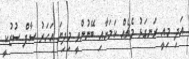
އަދި މިއީ ރަނގަޅު މެޗެއް ކަމަށާއި ބޭނުންވީ މިދިޔަ އަހަރު ސާފް ސުޒުކީ